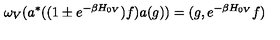
\omega _ { V } ( a ^ { * } ( ( 1 \pm e ^ { - \beta H _ { 0 V } } ) f ) a ( g ) ) = ( g , e ^ { - \beta H _ { 0 V } } f )